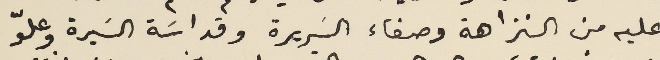
عليه من النزاهة وصفاء السريرة وقداسَة السَيرة وعلوّ